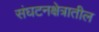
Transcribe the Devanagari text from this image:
संघटनक्षेत्रातील